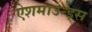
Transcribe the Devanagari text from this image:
ऐशमाउन्ड्स